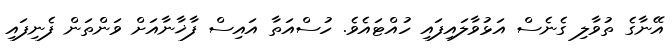
އޭނާގެ ތުވާލި ގެނެސް އަޅުވާލައިފައި ހުއްޓައެވެ. ހުސްއަތާ އައިސް ފާޚާނާއަށް ވަންތަން ފެނިފައި